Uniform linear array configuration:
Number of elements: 4
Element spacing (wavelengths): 0.25
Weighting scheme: hann
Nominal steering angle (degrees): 30
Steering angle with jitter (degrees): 28.638
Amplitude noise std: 0.05
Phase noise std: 0.05

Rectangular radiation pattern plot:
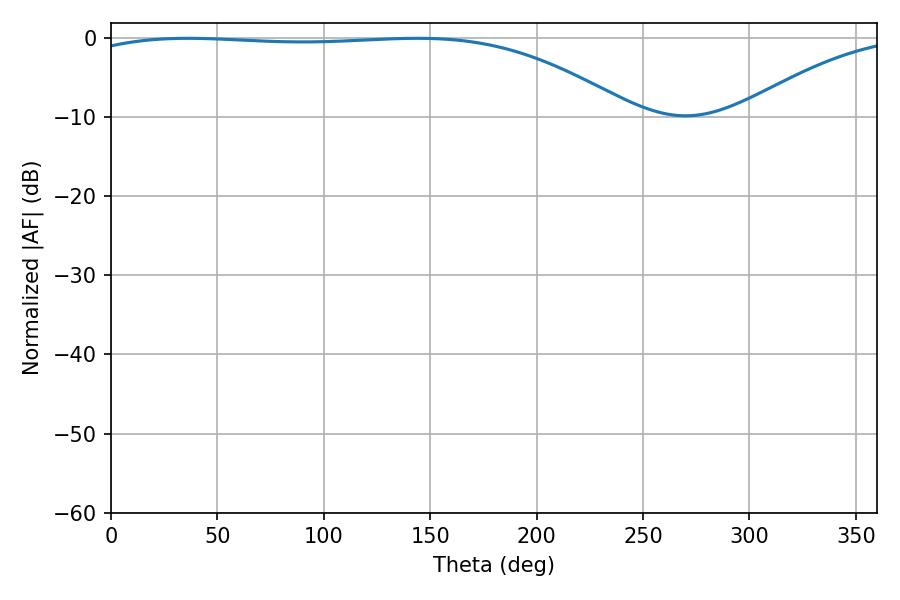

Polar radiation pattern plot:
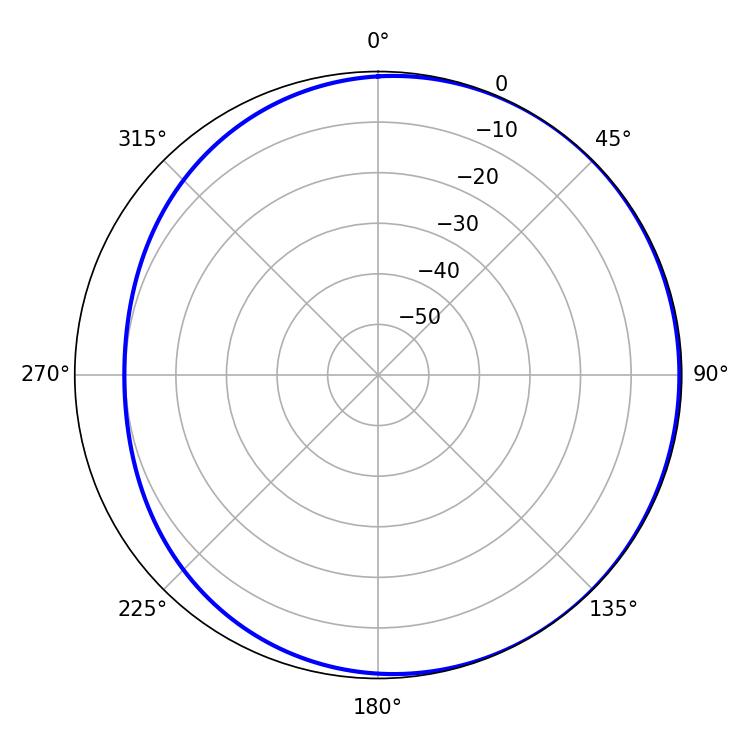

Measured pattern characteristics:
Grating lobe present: FALSE
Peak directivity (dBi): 1.499
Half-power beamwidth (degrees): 204.3
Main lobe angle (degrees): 36.18